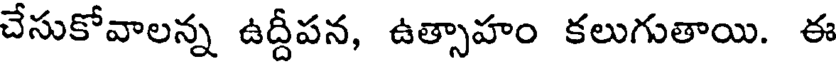
చేసుకోవాలన్న ఉద్దీపన, ఉత్సాహం కలుగుతాయి. ఈ